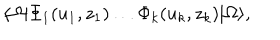
LaTeX: \langle \Omega | \Phi _ { 1 } ( u _ { 1 } , z _ { 1 } ) \ldots \Phi _ { k } ( u _ { k } , z _ { k } ) | \Omega \rangle ,